Report of the Indian Hemp Drugs Commission, 1894-1895 - Volume IV
Year: 1894
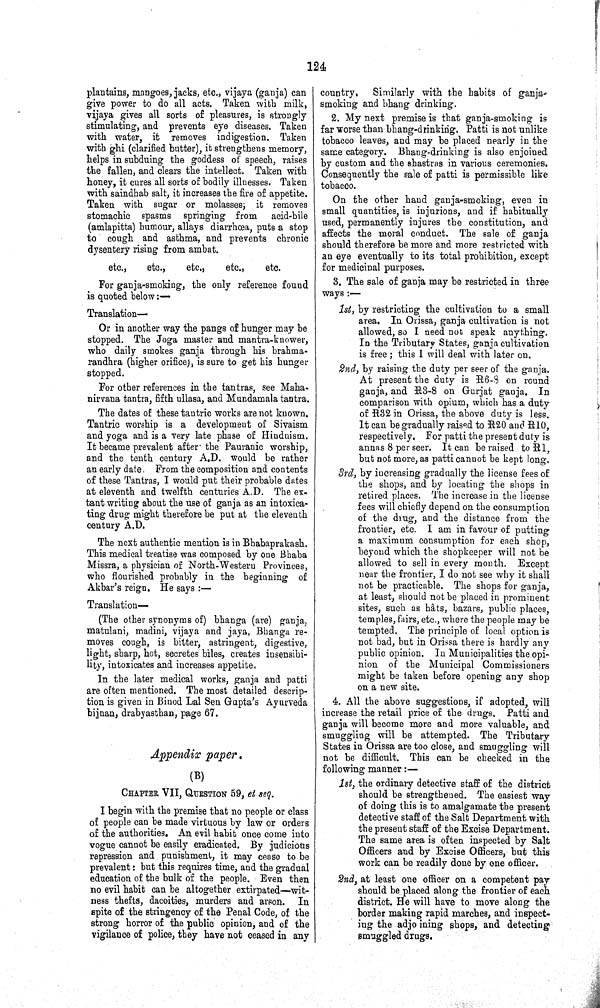
124
plantains, mangoes, jacks, etc., vijaya (ganja) can
give power to do all acts. Taken with milk,
vijaya gives all sorts of pleasures, is strongly
stimulating, and prevents eye diseases. Taken
with water, it removes indigestion. Taken
with ghi (clarified butter), it strengthens memory,
helps in subduing the goddess of speech, raises
the fallen, and clears the intellect. Taken with
honey, it cures all sorts of bodily illnesses. Taken
with saindhab salt, it increases the fire of appetite.
Taken with sugar or molasses; it removes
stomachic spasms springing from acid-bile
(amlapitta) humour, allays diarrhcea, puts a stop
to cough and asthma, and prevents chronic
dysentery rising from ambat.
etc.,
etc.,
etc.,
etc.,
etc.
For ganja-smoking, the only reference found
is quoted below:—
Translation—
Or in another way the pangs of hunger may be
stopped. The Joga master and mantra-knower,
who daily smokes ganja through his brahma-
randhra (higher orifice), is sure to get his hunger
stopped.
For other references in the tantras, see Maha-
nirvana tantra, fifth ullasa, and Mundamala tantra.
The dates of these tantric works are not known.
Tantric worship is a development of Sivaism
and yoga and is a very late phase of Hinduism.
It became prevalent after the Pauranic worship,
and the tenth century A.D. would be rather
an early date. From the composition and contents
of these Tantras, I would put their probable dates
at eleventh and twelfth centuries A.D. The ex¬
tant writing about the use of ganja as an intoxica¬
ting drug might therefore be put at the eleventh
century A.D.
The next authentic mention is in Bhabaprakash.
This medical treatise was composed by one Bhaba
Missra, a physician of North-Western Provinces,
who flourished probably in the beginning of
Akbar's reign. He says:—
Translation—
(The other synonyms of) bhanga (are) ganja,
matulani, madini, vijaya and jaya, Bhanga re¬
moves cough, is bitter, astringent, digestive,
light, sharp, hot, secretes biles, creates insensibi¬
lity, intoxicates and increases appetite.
In the later medical works, ganja and patti
are often mentioned. The most detailed descrip¬
tion is given in Binod Lal Sen Gupta's Ayurveda
bijnan, drabyasthan, page 67.
Appendix paper.
(B)
CHAPTER VII, QUESTION 59, et seq.
I begin with the premise that no people or class
of people can be made virtuous by law or orders
of the authorities. An evil habit once come into
vogue cannot be easily eradicated. By judicious
repression and punishment, it may cease to be
prevalent: but this requires time, and the gradual
education of the bulk of the people. Even then
no evil habit can be altogether extirpated—wit¬
ness thefts, dacoities, murders and arson. In
spite of the stringency of the Penal Code, of the
strong horror of the public opinion, and of the
vigilance of police, they have not ceased in any
country. Similarly with the habits of ganja-
smoking and bhang drinking.
2. My next premise is that ganja-smoking is
far worse than bhang-drinking. Patti is not unlike
tobacco leaves, and may be placed nearly in the
same category. Bhang-drinking is also enjoined
by custom and the shastras in various ceremonies.
Consequently the sale of patti is permissible like
tobacco.
On the other hand ganja-smoking, even in
small quantities, is injurions, and if habitually
used, permanently injures the constitution, and
affects the moral conduct. The sale of ganja
should therefore be more and more restricted with
an eye eventually to its total prohibition, except
for medicinal purposes.
3. The sale of ganja may be restricted in three
ways:—
1st, by restricting the cultivation to a small
area. In Orissa, ganja cultivation is not
allowed, so I need not speak anything.
In the Tributary States, ganja cultivation
is free; this I will deal with later on.
2nd, by raising the duty per seer of the ganja.
At present the duty is R6-8 on round
ganja, and R3-8 on Gurjat gauja. In
comparison with opium, which has a duty
of R32 in Orissa, the above duty is less.
It can be gradually raised to R20 and R10,
respectively. For patti the present duty is
annas 8 per seer. It can be raised to R1,
but not more, as patti cannot be kept long.
3rd, by increasing gradually the license fees of
the shops, and by locating the shops in
retired places. The increase in the license
fees will chiefly depend on the consumption
of the drug, and the distance from the
frontier, etc. I am in favour of putting
a maximum consumption for each shop,
beyond which the shopkeeper will not be
allowed to sell in every month. Except
near the frontier, I do not see why it shall
not be practicable. The shops for ganja,
at least, should not be placed in prominent
sites, such as hâts, bazars, public places,
temples, fairs, etc., where the people may be
tempted. The principle of local option is
not bad, but in Orissa there is hardly any
public opinion. In Municipalities the opi¬
nion of the Municipal Commissioners
might be taken before opening any shop
on a new site.
4. All the above suggestions, if adopted, will
increase the retail price of the drugs. Patti and
ganja will become more and more valuable, and
smuggling will be attempted. The Tributary
States in Orissa are too close, and smuggling will
not be difficult. This can be checked in the
following manner:—
1st, the ordinary detective staff of the district
should be strengthened. The easiest way
of doing this is to amalgamate the present
detective staff of the Salt Department with
the present staff of the Excise Department.
The same area is often inspected by Salt
Officers and by Excise Officers, but this
work can be readily done by one officer.
2nd, at least one officer on a competent pay
should be placed along the frontier of each
district. He will have to move along the
border making rapid marches, and inspect¬
ing the adjo ining shops, and detecting
smuggled drugs.